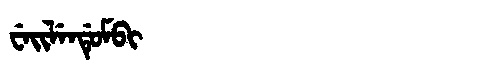
Manchu: ᠸᡝᡳᠯᡝᠨᡩᡠᠮᠪᡳ
Romanization: WEILENDUMBI